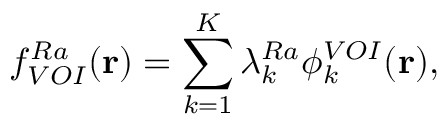
f _ { V O I } ^ { R a } ( \mathbf { r } ) = \sum _ { k = 1 } ^ { K } \lambda _ { k } ^ { R a } \phi _ { k } ^ { V O I } ( \mathbf { r } ) ,